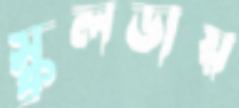
স্কুলডায়